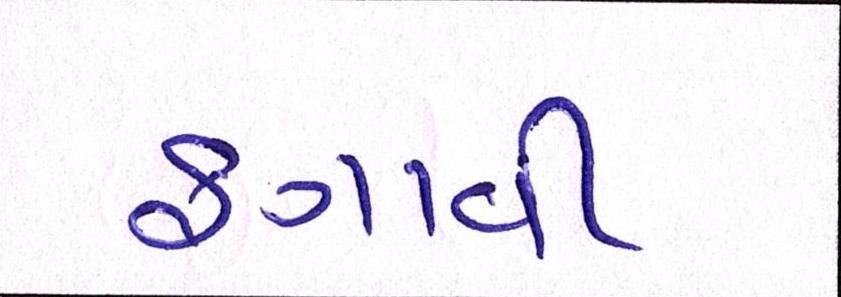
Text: ફગાવી